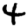
Digit: 4